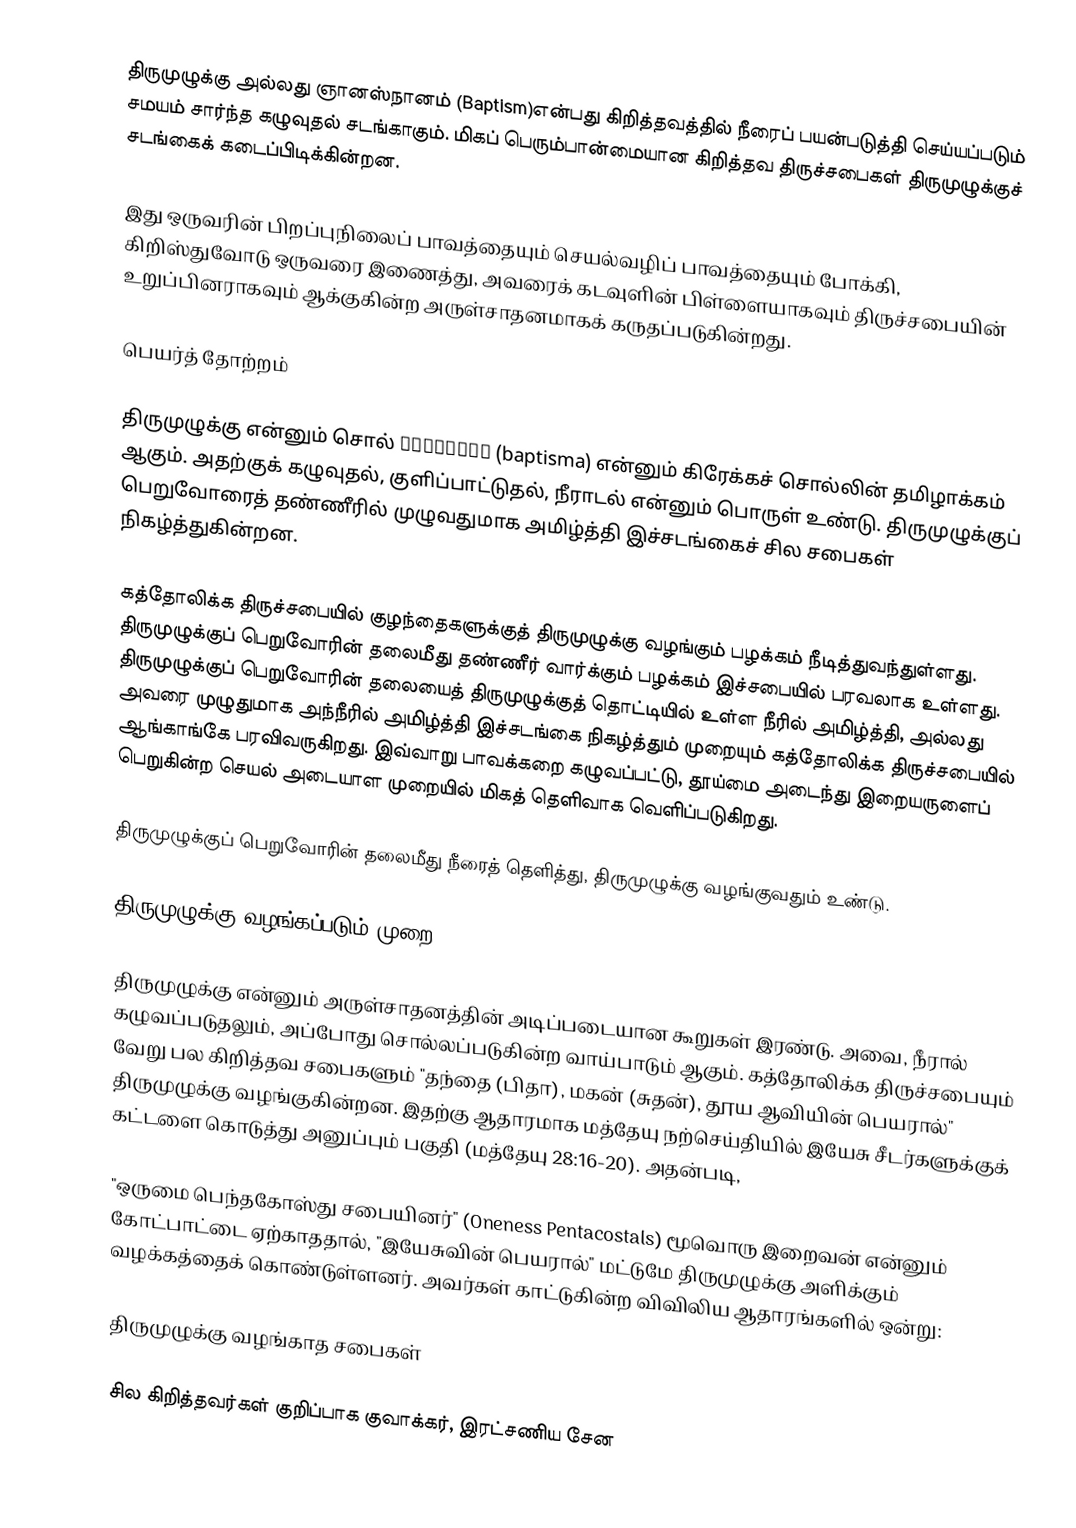
திருமுழுக்கு அல்லது ஞானஸ்நானம் (Baptism)என்பது கிறித்தவத்தில் நீரைப் பயன்படுத்தி செய்யப்படும் சமயம் சார்ந்த கழுவுதல் சடங்காகும். மிகப் பெரும்பான்மையான கிறித்தவ திருச்சபைகள் திருமுழுக்குச் சடங்கைக் கடைப்பிடிக்கின்றன.

இது ஒருவரின் பிறப்புநிலைப் பாவத்தையும் செயல்வழிப் பாவத்தையும் போக்கி, கிறிஸ்துவோடு ஒருவரை இணைத்து, அவரைக் கடவுளின் பிள்ளையாகவும் திருச்சபையின் உறுப்பினராகவும் ஆக்குகின்ற அருள்சாதனமாகக் கருதப்படுகின்றது.

பெயர்த் தோற்றம்

திருமுழுக்கு என்னும் சொல் Βάπτισμα (baptisma) என்னும் கிரேக்கச் சொல்லின் தமிழாக்கம் ஆகும். அதற்குக் கழுவுதல், குளிப்பாட்டுதல், நீராடல் என்னும் பொருள் உண்டு. திருமுழுக்குப் பெறுவோரைத் தண்ணீரில் முழுவதுமாக அமிழ்த்தி இச்சடங்கைச் சில சபைகள் நிகழ்த்துகின்றன.

கத்தோலிக்க திருச்சபையில் குழந்தைகளுக்குத் திருமுழுக்கு வழங்கும் பழக்கம் நீடித்துவந்துள்ளது. திருமுழுக்குப் பெறுவோரின் தலைமீது தண்ணீர் வார்க்கும் பழக்கம் இச்சபையில் பரவலாக உள்ளது. திருமுழுக்குப் பெறுவோரின் தலையைத் திருமுழுக்குத் தொட்டியில் உள்ள நீரில் அமிழ்த்தி, அல்லது அவரை முழுதுமாக அந்நீரில் அமிழ்த்தி இச்சடங்கை நிகழ்த்தும் முறையும் கத்தோலிக்க திருச்சபையில் ஆங்காங்கே பரவிவருகிறது. இவ்வாறு பாவக்கறை கழுவப்பட்டு, தூய்மை அடைந்து இறையருளைப் பெறுகின்ற செயல் அடையாள முறையில் மிகத் தெளிவாக வெளிப்படுகிறது.

திருமுழுக்குப் பெறுவோரின் தலைமீது நீரைத் தெளித்து, திருமுழுக்கு வழங்குவதும் உண்டு.

திருமுழுக்கு வழங்கப்படும் முறை

திருமுழுக்கு என்னும் அருள்சாதனத்தின் அடிப்படையான கூறுகள் இரண்டு. அவை, நீரால் கழுவப்படுதலும், அப்போது சொல்லப்படுகின்ற வாய்பாடும் ஆகும். கத்தோலிக்க திருச்சபையும் வேறு பல கிறித்தவ சபைகளும் "தந்தை (பிதா), மகன் (சுதன்), தூய ஆவியின் பெயரால்" திருமுழுக்கு வழங்குகின்றன. இதற்கு ஆதாரமாக மத்தேயு நற்செய்தியில் இயேசு சீடர்களுக்குக் கட்டளை கொடுத்து அனுப்பும் பகுதி (மத்தேயு 28:16-20). அதன்படி,

"ஒருமை பெந்தகோஸ்து சபையினர்" (Oneness Pentacostals) மூவொரு இறைவன் என்னும் கோட்பாட்டை ஏற்காததால், "இயேசுவின் பெயரால்" மட்டுமே திருமுழுக்கு அளிக்கும் வழக்கத்தைக் கொண்டுள்ளனர். அவர்கள் காட்டுகின்ற விவிலிய ஆதாரங்களில் ஒன்று:

திருமுழுக்கு வழங்காத சபைகள்

சில கிறித்தவர்கள் குறிப்பாக குவாக்கர், இரட்சணிய சேன